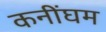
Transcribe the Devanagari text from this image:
कनींघम